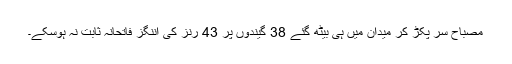
مصباح سر پکڑ کر میدان میں ہی بیٹھ گئے 38 گیندوں پر 43 رنز کی اننگز فاتحانہ ثابت نہ ہوسکے۔